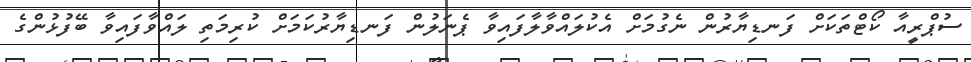
ސުޕްރީއާ ކޯޓްތަކަށް ފަނޑިޔާރުން ނެގުމަށް އެކުލައްވާލާފައިވާ ޕެނަލުން ފަނޑިޔާރުކަމަށް ކުރިމަތި ލައްވާފައިވާ ބޭފުޅުންގެ